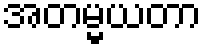
အတမ္မယတာ